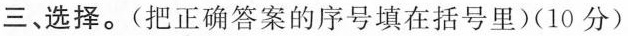
三、选择。(把正确答案的序号填在括号里)(10分)